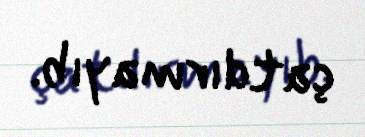
çatdırmayıb.